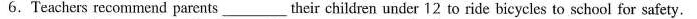
6.Teachers recommend parents ___ their children under 12 to ride bicycles to school for safety.